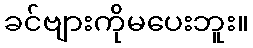
ခင်ဗျားကိုမပေးဘူး။